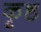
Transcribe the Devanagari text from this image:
कृष्ठ